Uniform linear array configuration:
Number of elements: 16
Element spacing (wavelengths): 0.25
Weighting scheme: kaiser
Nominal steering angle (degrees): -30
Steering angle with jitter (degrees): -28.388
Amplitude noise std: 0.05
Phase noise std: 0.05

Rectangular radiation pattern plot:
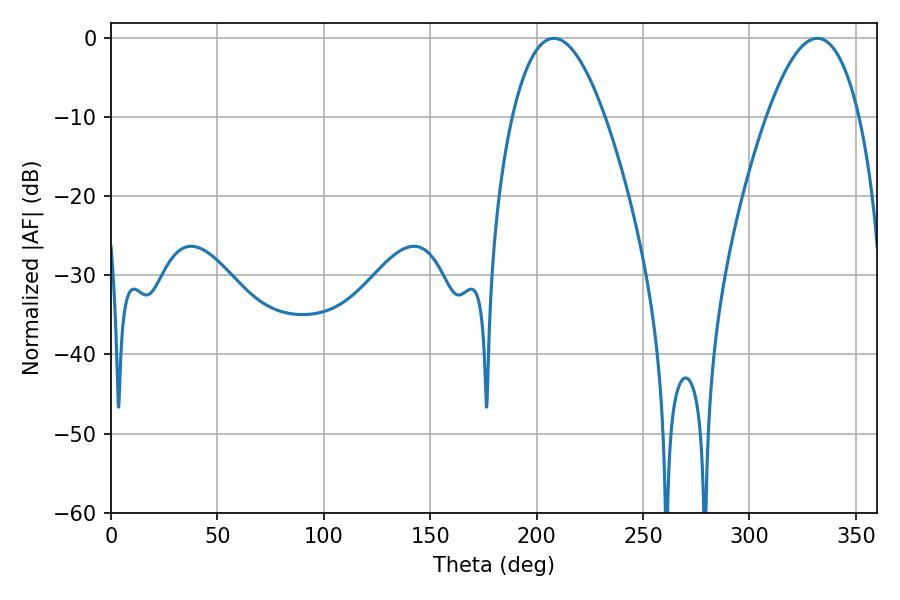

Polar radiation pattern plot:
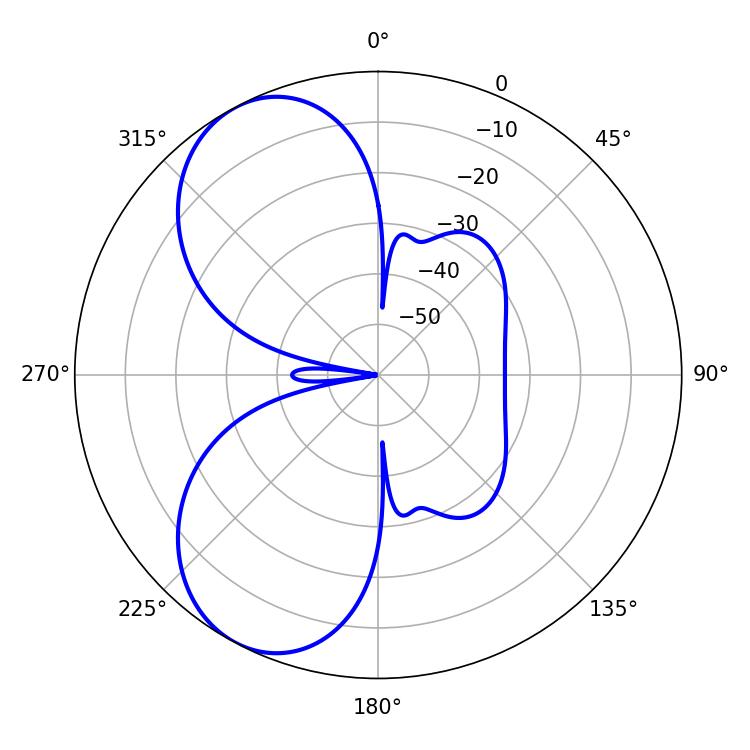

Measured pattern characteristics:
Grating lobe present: FALSE
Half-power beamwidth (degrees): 23.94
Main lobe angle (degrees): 208.08